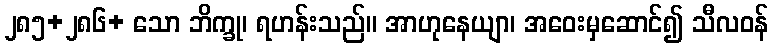
၂၈၅+၂၈၆+ သော ဘိက္ခု၊ ရဟန်းသည်။ အာဟုနေယျာ၊ အဝေးမှဆောင်၍ သီလဝန်